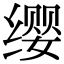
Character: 缨